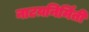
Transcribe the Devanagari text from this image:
नाटय़निर्मिती